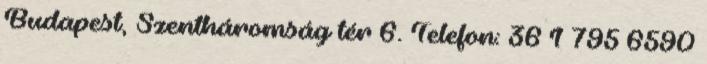
Budapest, Szentháromság tér 6. Telefon: 36 1 795 6590